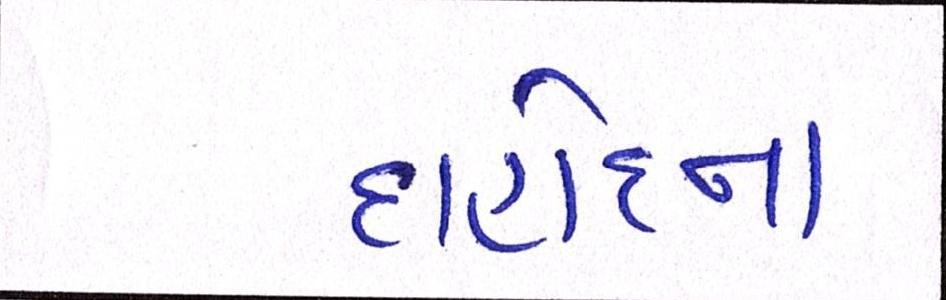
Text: દાહોદના